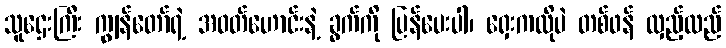
သူဌေးကြီး ကျွန်တော်ရဲ့ အဝတ်ဟောင်းနဲ့ ခွက်ကို ပြန်ပေးပါ၊ ရှေးကလိုပဲ တစ်ဖန် လှည့်လည်